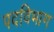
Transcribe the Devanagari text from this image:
पदविभाग